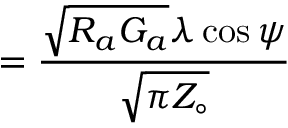
= \displaystyle { \frac { { \sqrt { R _ { a } G _ { a } } } \lambda \cos \psi } { \sqrt { \pi Z _ { \circ } } } }